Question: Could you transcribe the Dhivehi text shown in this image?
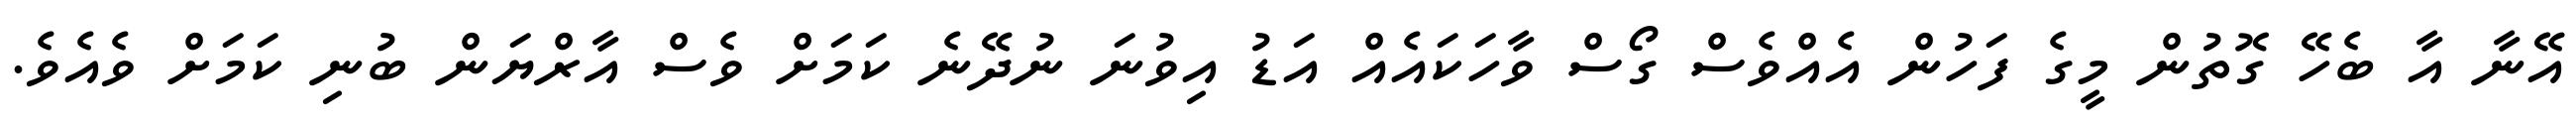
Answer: އޭނާ އާ ބެހޭ ގޮތުން މީގެ ފަހުން އެއްވެސް ގޯސް ވާހަކައެއް އަޑު އިވުނަ ނުދޭނެ ކަމަށް ވެސް އާރްޔަން ބުނި ކަމަށް ވެއެވެ.